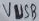
Text: VUSB